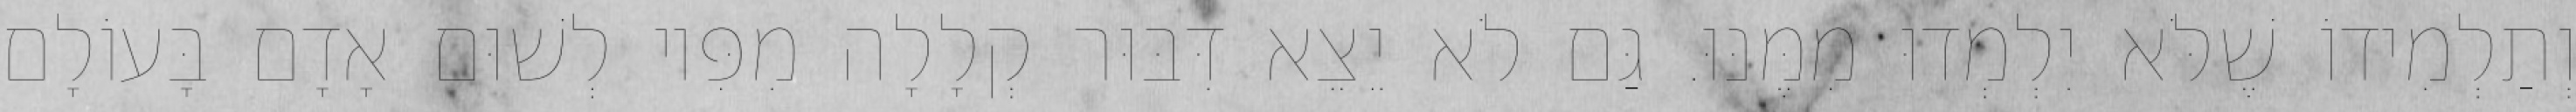
וְתַלְמִידוֹ שֶׁלֹּא יִלְמְדוּ מִמֶּנּוּ. גַּם לֹא יֵצֵא דִּבּוּר קְלָלָה מִפִּיו לְשׁוּם אָדָם בָּעוֹלָם